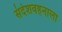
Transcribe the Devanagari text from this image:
संदेशवहनाला